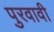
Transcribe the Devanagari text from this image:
पुरवावी